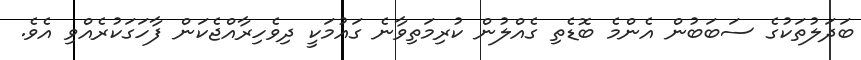
ބަދަލުތަކުގެ ސަބަބުން އެންމެ ބޮޑެތި ގެއްލުން ކުރިމަތިވާނެ ގައުމަކީ ދިވެހިރާއްޖެކަން ފާހަގަކުރެއްވި އެވެ.